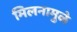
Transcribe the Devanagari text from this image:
मिलनामुळे